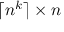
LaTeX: \lceil n ^ { k } \rceil \times n